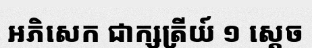
អភិសេក ជាក្សត្រីយ៍ ១ ស្តេច